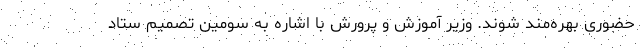
حضوری بهره‌مند شوند. وزیر آموزش و پرورش با اشاره به سومین تصمیم ستاد